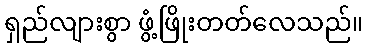
ရှည်လျားစွာ ဖွံ့ဖြိုးတတ်လေသည်။